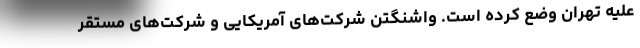
علیه تهران وضع کرده است. واشنگتن شرکت‌های آمریکایی و شرکت‌های مستقر